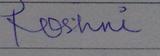
Signature authenticity: forged